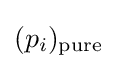
(p_{i})_{\text{pure}}